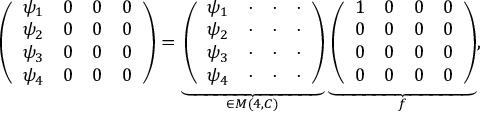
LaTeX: \left( \begin{array} { c c c c } { { \psi _ { 1 } } } & { { 0 } } & { { 0 } } & { { 0 } } \\ { { \psi _ { 2 } } } & { { 0 } } & { { 0 } } & { { 0 } } \\ { { \psi _ { 3 } } } & { { 0 } } & { { 0 } } & { { 0 } } \\ { { \psi _ { 4 } } } & { { 0 } } & { { 0 } } & { { 0 } } \end{array} \right) = \underbrace { \left( \begin{array} { c c c c } { { \psi _ { 1 } } } & { { \cdot } } & { { \cdot } } & { { \cdot } } \\ { { \psi _ { 2 } } } & { { \cdot } } & { { \cdot } } & { { \cdot } } \\ { { \psi _ { 3 } } } & { { \cdot } } & { { \cdot } } & { { \cdot } } \\ { { \psi _ { 4 } } } & { { \cdot } } & { { \cdot } } & { { \cdot } } \end{array} \right) } _ { \in { \cal M } ( 4 , { \sl C } ) } \underbrace { \left( \begin{array} { c c c c } { { 1 } } & { { 0 } } & { { 0 } } & { { 0 } } \\ { { 0 } } & { { 0 } } & { { 0 } } & { { 0 } } \\ { { 0 } } & { { 0 } } & { { 0 } } & { { 0 } } \\ { { 0 } } & { { 0 } } & { { 0 } } & { { 0 } } \end{array} \right) } _ { f } ,